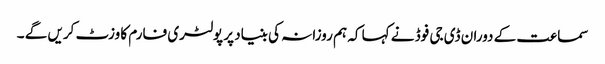
سماعت کے دوران ڈی جی فوڈ نے کہا کہ ہم روزانہ کی بنیاد پر پولٹری فارم کا وزٹ کریں گے ۔